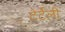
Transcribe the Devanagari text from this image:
टेर्टेली